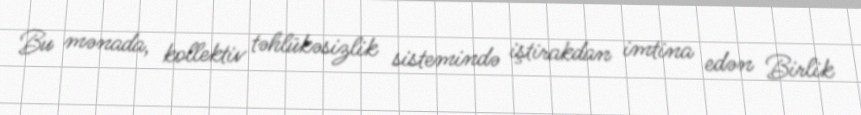
Bu mənada, kollektiv təhlükəsizlik sistemində iştirakdan imtina edən Birlik